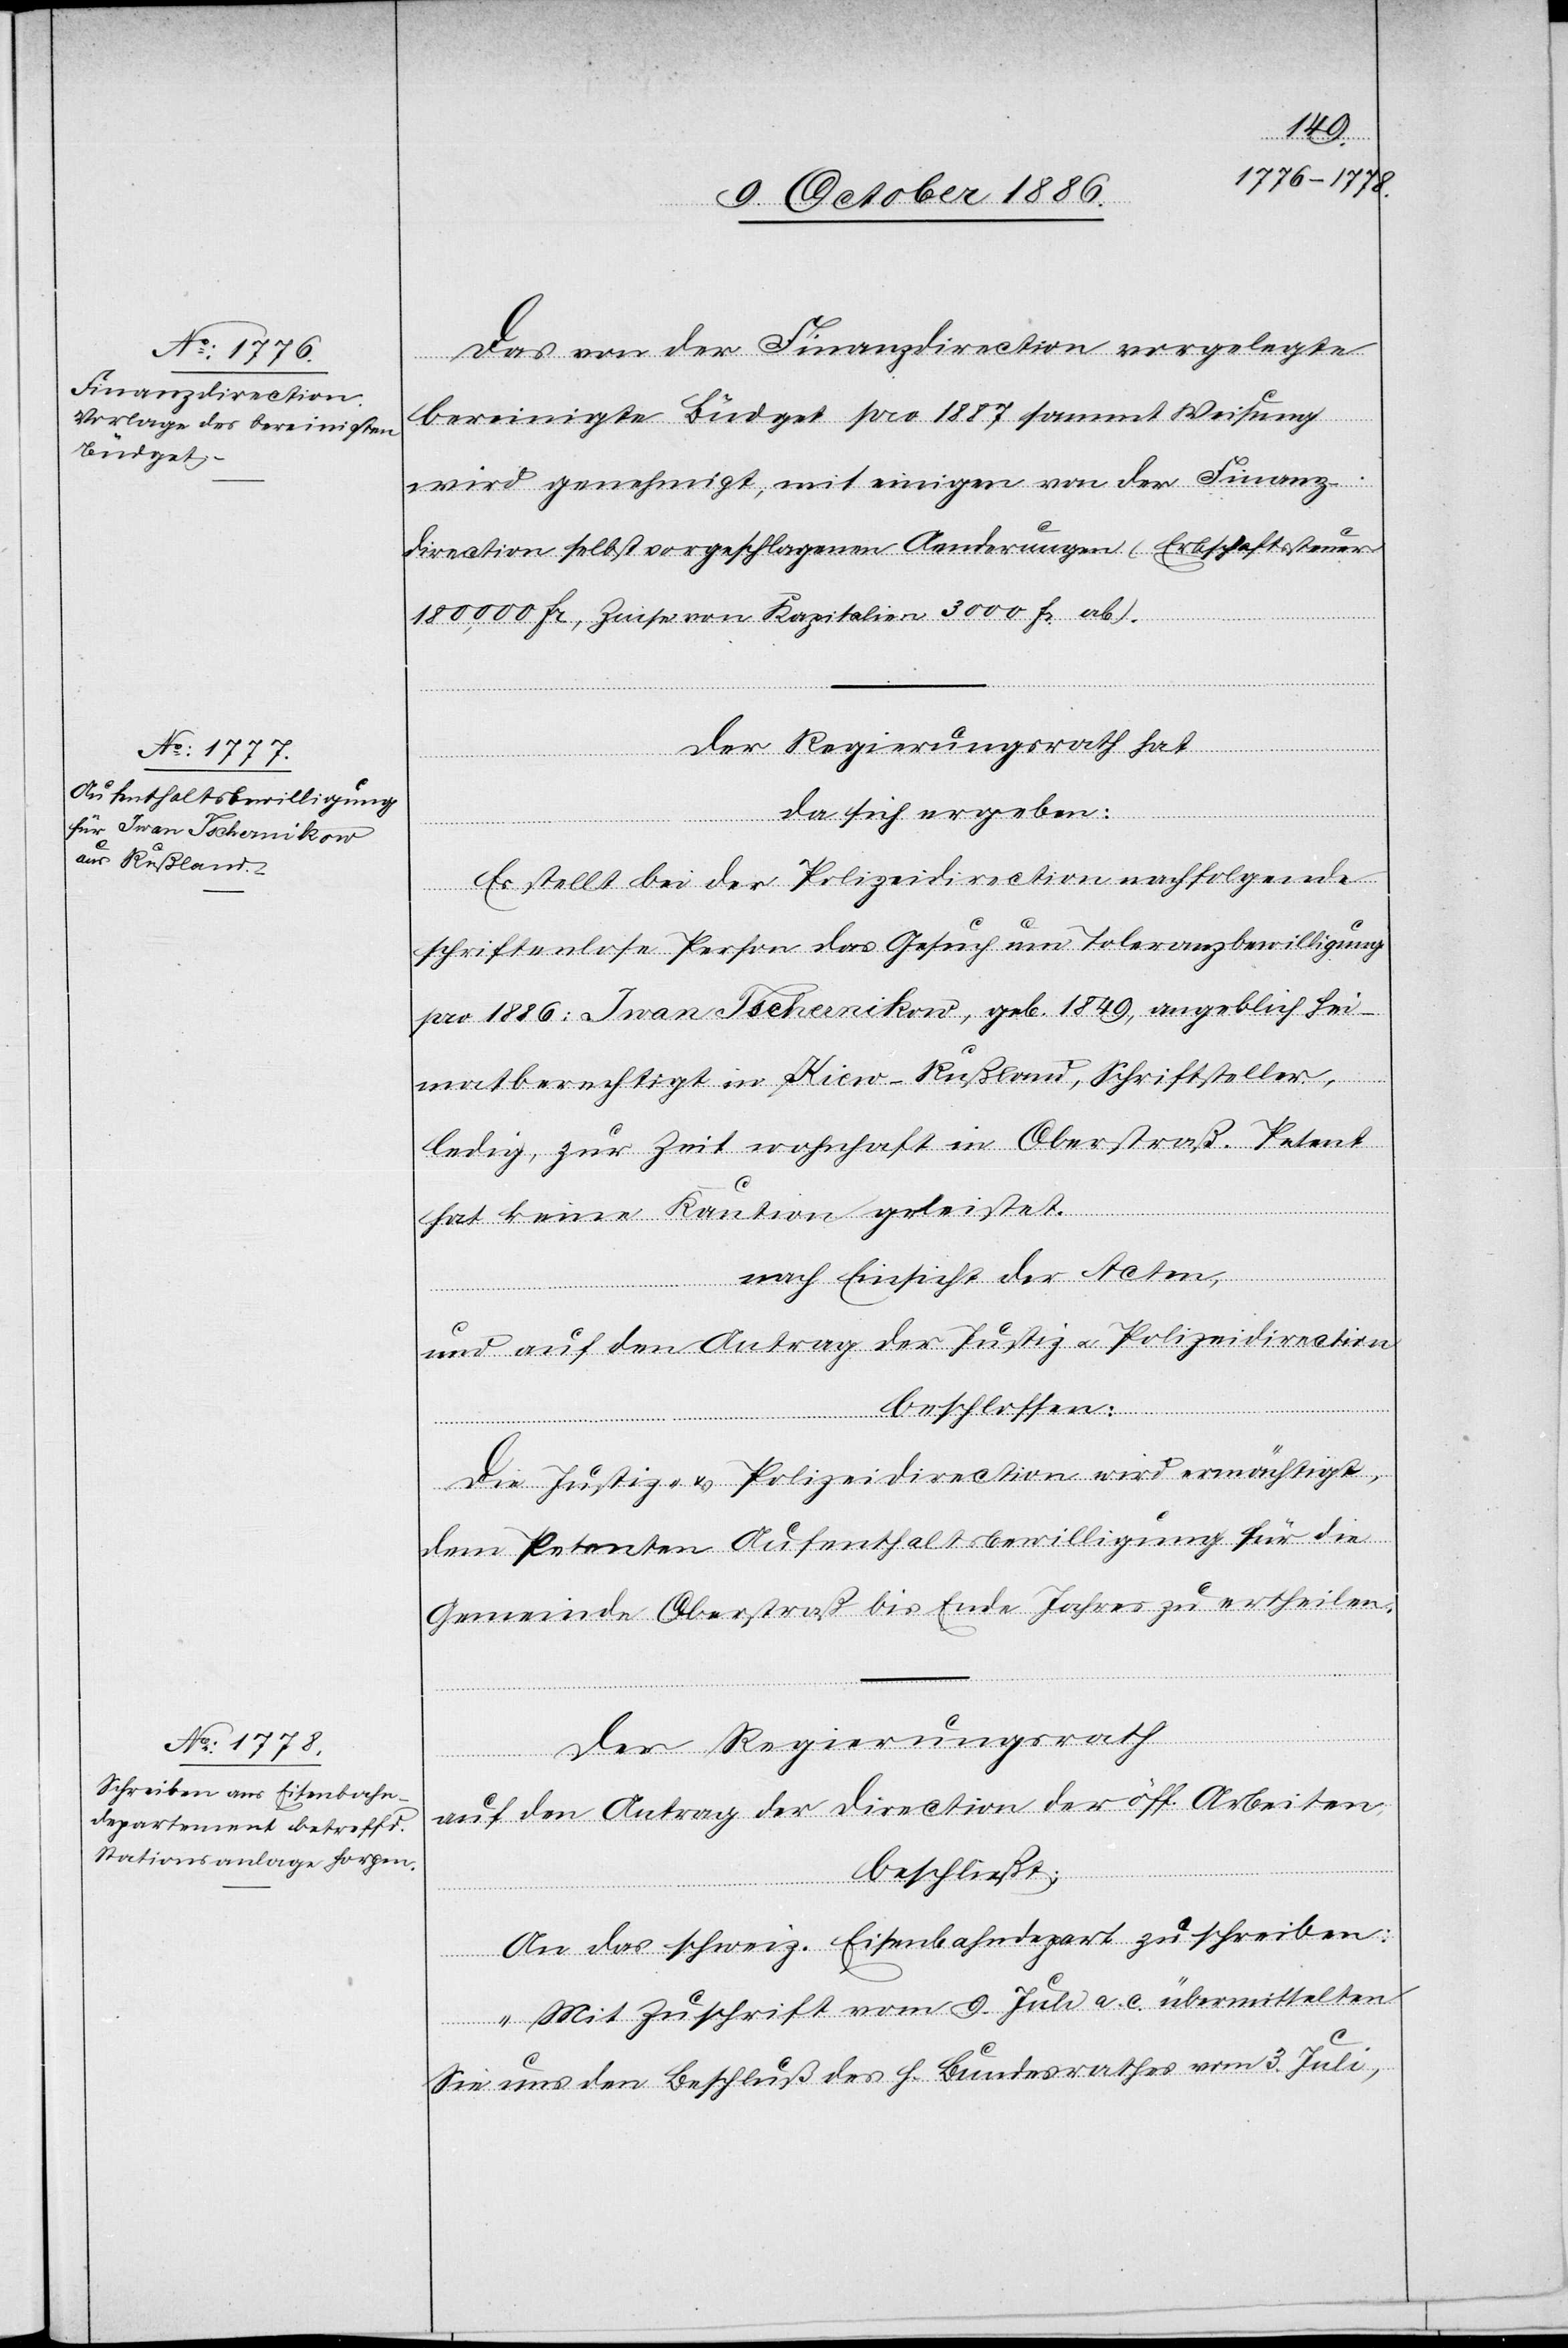
Das von der Finanzdirection vorgelegte
bereinigte Büdget pro 1887 sammt Weisung
wird genehmigt, mit einigen von der Finanz¬
direction selbst vorgeschlagenen Aenderungen (Erbschaftssteuer
180,000 Fr., Zinse von Kapitalien 3000 Fr. ab).
Der Regierungsrath hat
da sich ergeben:
Es stellt bei der Polizeidirection nachfolgende
schriftenlose Person das Gesuch um Toleranzbewilligung
pro 1886: Iwan Tschernikow, geb. 1849, angeblich hei¬
matberechtigt in Kiew - Rußland, Schriftsteller,
ledig, zur Zeit wohnhaft in Oberstraß. Petent
hat keine Kaution geleistet.
nach Einsicht der Acten,
und auf den Antrag der Justiz & Polizeidirection
beschlossen:
Die Justiz- & Polizeidirection wird ermächtigt,
dem Petenten Aufenthaltsbewilligung für die
Gemeinde Oberstraß bis Ende Jahres zu ertheilen.
Der Regierungsrath
auf den Antrag der Direction der öff. Arbeiten,
beschließt:
An das schweiz. Eisenbahndepart. zu schreiben:
„Mit Zuschrift vom 9. Juli a. c. übermittelten
Sie uns den Beschluß des h. Bundesrathes vom 3. Juli,